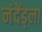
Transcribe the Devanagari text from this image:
नंदेंड्ला